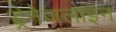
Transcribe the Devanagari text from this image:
ड्रेनेजलाइन